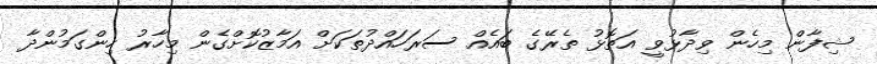
ޝިފާން މިހެން ވިދާޅުވީ އަތޮޅު ތެރޭގެ ބައެއް ސަރަހައްދުތަކަށް އަމާޒުކޮށްގެން މިހާރު ހިންގަމުންދާ